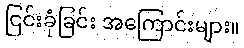
ငြင်းခုံခြင်း အကြောင်းများ။